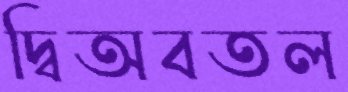
দ্বিঅবতল